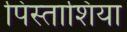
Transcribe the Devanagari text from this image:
पिस्ताशिया